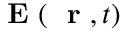
\mathrm { ~ \bf ~ E ~ } ( \mathrm { ~ \bf ~ r ~ } , t )